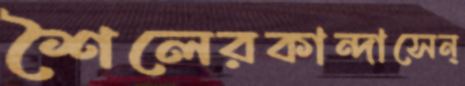
শৈলেরকান্দাসেন্